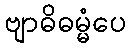
ဗျာဓိဓမ္မံပေ